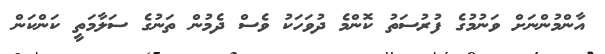
އާންމުންނަށް ވަނުމުގެ ފުރުސަތު ކޮންމެ ދުވަހަކު ވެސް ދެމުން ތަނުގެ ސަލާމަތީ ކަންކަން